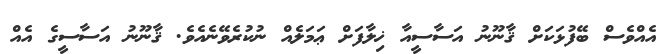
އެއްވެސް ބޭފުޅަކަށް ޤާނޫނު އަސާސީއާ ޚިލާފަށް ޢަމަލެއް ނުކުރެވޭނެއެވެ. ޤާނޫނު އަސާސީގެ އެއް